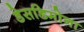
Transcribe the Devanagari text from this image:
डेसडिमोना